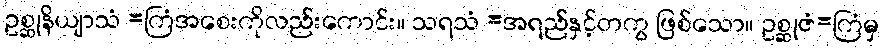
ဥစ္ဆုနိယျာသံ =ကြံအစေးကိုလည်းကောင်း။ သရသံ =အရည်နှင့်တကွ ဖြစ်သော။ ဥစ္ဆုဇံ=ကြံမှ